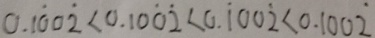
0 . 1 \dot { 0 } 0 \dot { 2 } < 0 . 1 0 \dot { 0 } \dot { 2 } < 0 . \dot { 1 } 0 0 \dot { 2 } < 0 . 1 0 0 \dot { 2 }